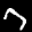
Label: 7